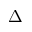
\Delta